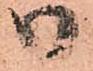
御